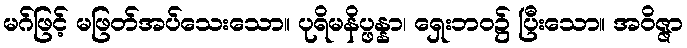
မဂ်ဖြင့် မဖြတ်အပ်သေးသော။ ပုရိမနိပ္ဖန္နာ၊ ရှေးဘဝ၌ ပြီးသော။ အဝိဇ္ဇာ